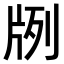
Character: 𤖺